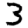
Digit: 3